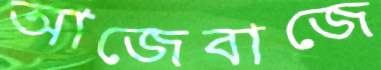
আজেবাজে